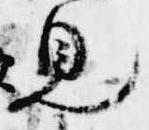
見